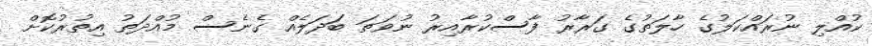
ކުއްލި ނުރައްކަލުގެ ހާލަތުގެ ގަރާރު ފާސްކުރާއިރު ނުވަތަ ބަަދަލެއް ގެނެސް މުއްދަތު އިތުރުކޮށް